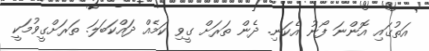
އަތުގައި އޮންނަ ފޯނު އެކަނި. ދެން ތަރަށް ގީވި ކަމެއް ދައްކަބަލަ. ތަރަށްގީވުމަކީ